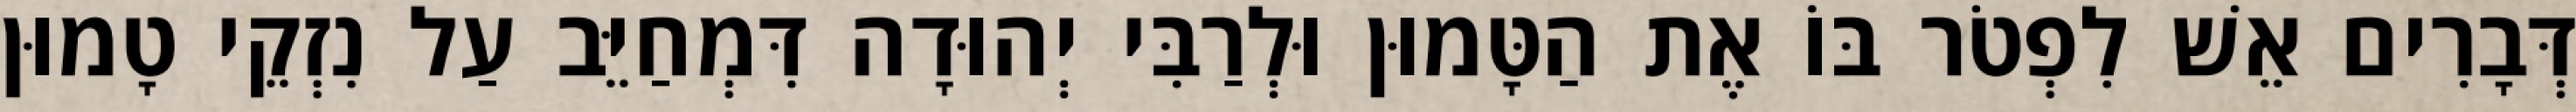
דְּבָרִים אֵשׁ לִפְטֹר בּוֹ אֶת הַטָּמוּן וּלְרַבִּי יְהוּדָה דִּמְחַיֵּב עַל נִזְקֵי טָמוּן